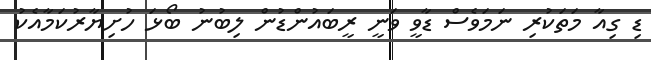
ޑި ގިއާ މަތަކުރި ނަމަވެސް ޑާވީ ވަނީ ރީބައުންޑުން ލިބުނު ބޯޅަ ހުށިޔާރުކަމާއެކު